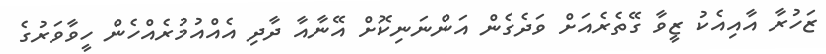
ޒަހުރާ އާއިއެކު ޒީވާ ގޭތެރެއަށް ވަދެގެން އަންނަނިކޮށް އޭނާއާ ދާދި އެއްއުމުރެއްހެން ހީވާވަރުގެ